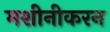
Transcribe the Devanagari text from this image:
मशीनीकरन